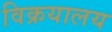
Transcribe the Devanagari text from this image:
विक्रयालय